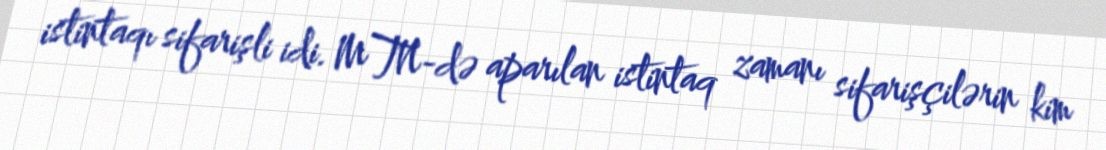
istintaqı sifarişli idi. MTN-də aparılan istintaq zamanı sifarişçilərin kim